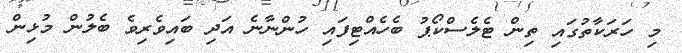
މި ހަރަކާތުގައި ތިން ޓެލެސްކޯޕު ބެހެއްޓިފައި ހުންނާނެ އަދި ބައިވެރިވެ ބެލުން މުޅިން